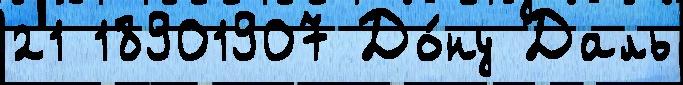
21 18901907 До́ну Даль